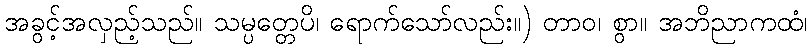
အခွင့်အလှည့်သည်။ သမ္ပတ္တေပိ၊ ရောက်သော်လည်း။) တာဝ၊ စွာ။ အဘိညာကထံ၊